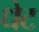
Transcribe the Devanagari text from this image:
धेट